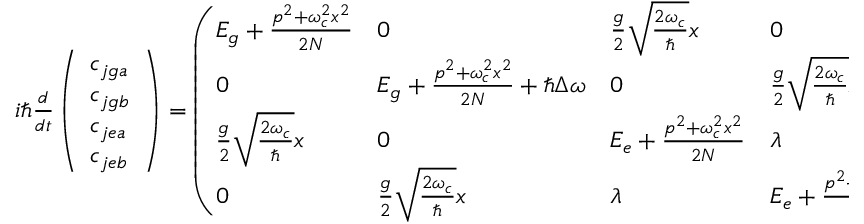
\begin{array} { r } { i \hbar \frac { d } { d t } \left( \begin{array} { l } { c _ { j g a } } \\ { c _ { j g b } } \\ { c _ { j e a } } \\ { c _ { j e b } } \end{array} \right) = \left( \begin{array} { l l l l } { E _ { g } + \frac { p ^ { 2 } + \omega _ { c } ^ { 2 } x ^ { 2 } } { 2 N } } & { 0 } & { \frac { g } { 2 } \sqrt { \frac { 2 \omega _ { c } } { \hbar } } x } & { 0 } \\ { 0 } & { E _ { g } + \frac { p ^ { 2 } + \omega _ { c } ^ { 2 } x ^ { 2 } } { 2 N } + \hbar \Delta \omega } & { 0 } & { \frac { g } { 2 } \sqrt { \frac { 2 \omega _ { c } } { \hbar } } x } \\ { \frac { g } { 2 } \sqrt { \frac { 2 \omega _ { c } } { \hbar } } x } & { 0 } & { E _ { e } + \frac { p ^ { 2 } + \omega _ { c } ^ { 2 } x ^ { 2 } } { 2 N } } & { \lambda } \\ { 0 } & { \frac { g } { 2 } \sqrt { \frac { 2 \omega _ { c } } { \hbar } } x } & { \lambda } & { E _ { e } + \frac { p ^ { 2 } + \omega _ { c } ^ { 2 } x ^ { 2 } } { 2 N } + \hbar \Delta \omega } \end{array} \right) \left( \begin{array} { l } { c _ { j g a } } \\ { c _ { j g b } } \\ { c _ { j e a } } \\ { c _ { j e b } } \end{array} \right) , } \end{array}